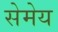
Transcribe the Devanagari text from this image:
सेमेय